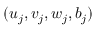
( u _ { j } , v _ { j } , w _ { j } , b _ { j } )